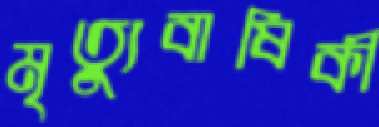
মৃত্যুবাষিকী